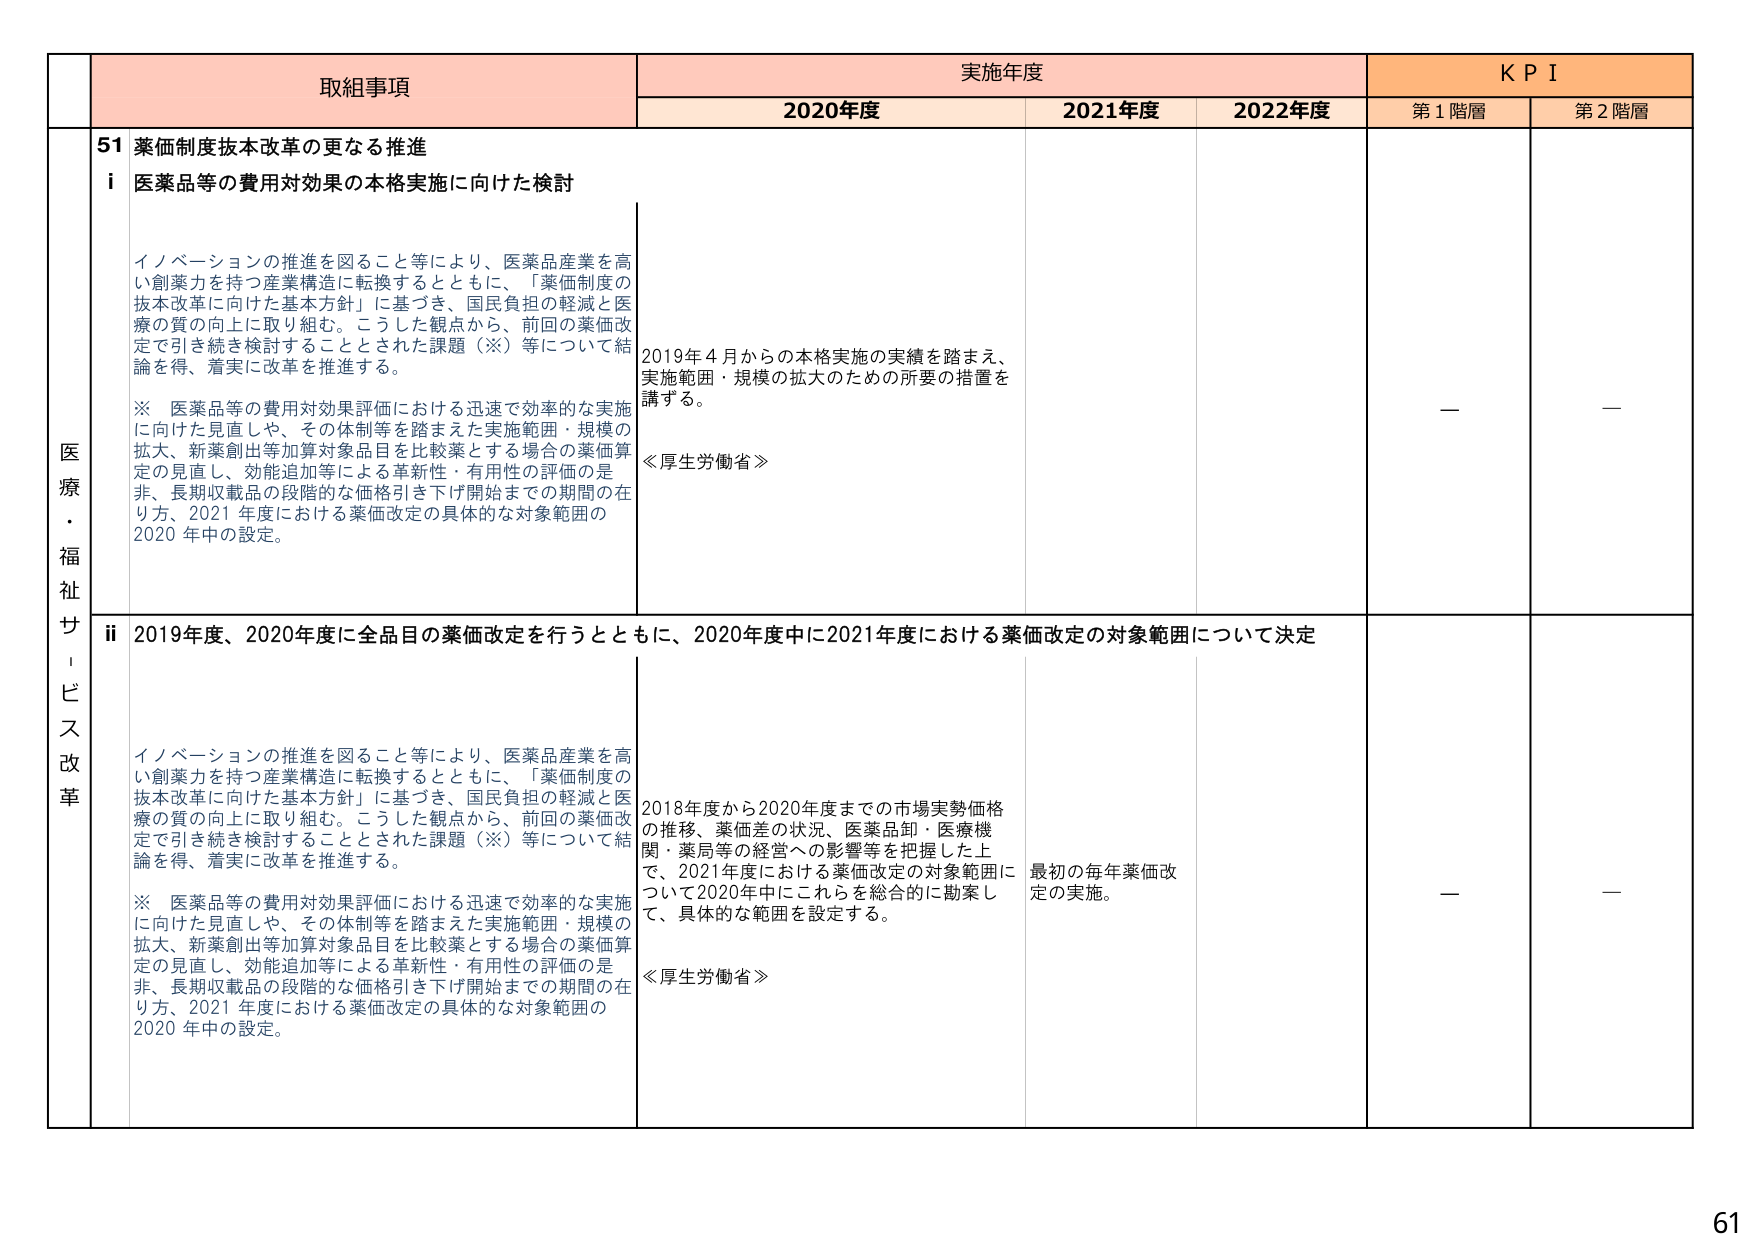
医療・福祉サービス改革

取組事項
51 薬価制度抜本改革の更なる推進
i 医薬品等の費用対効果の本格実施に向けた検討

イノベーションの推進を図ること等により、医薬品産業を高い創薬力を持つ産業構造に転換するとともに、「薬価制度の抜本改革に向けた基本方針」に基づき、国民負担の軽減と医療の質の向上に取り組む。こうした観点から、前回の薬価改定で引き続き検討することとされた課題（※）等について結論を得、着実に改革を推進する。

※ 医薬品等の費用対効果評価における迅速で効率的な実施に向けた見直しや、その体制等を踏まえた実施範囲・規模の拡大、新薬創出等加算対象品目を比較薬とする場合の薬価算定の見直し、効能追加等による革新性・有用性の評価の是非、長期収載品の段階的な価格引き下げ開始までの期間の在り方、2021年度における薬価改定の具体的な対象範囲の2020年中の設定。

ii 2019年度、2020年度に全品目の薬価改定を行うとともに、2020年度中に2021年度における薬価改定の対象範囲について決定

イノベーションの推進を図ること等により、医薬品産業を高い創薬力を持つ産業構造に転換するとともに、「薬価制度の抜本改革に向けた基本方針」に基づき、国民負担の軽減と医療の質の向上に取り組む。こうした観点から、前回の薬価改定で引き続き検討することとされた課題（※）等について結論を得、着実に改革を推進する。

※ 医薬品等の費用対効果評価における迅速で効率的な実施に向けた見直しや、その体制等を踏まえた実施範囲・規模の拡大、新薬創出等加算対象品目を比較薬とする場合の薬価算定の見直し、効能追加等による革新性・有用性の評価の是非、長期収載品の段階的な価格引き下げ開始までの期間の在り方、2021年度における薬価改定の具体的な対象範囲の2020年中の設定。

実施年度
2020年度
2021年度
2022年度

2019年4月からの本格実施の実績を踏まえ、実施範囲・規模の拡大のための所要の措置を講ずる。
《厚生労働省》

2018年度から2020年度までの市場実勢価格の推移、薬価差の状況、医薬品卸・医療機関・薬局等の経営への影響等を把握した上で、2021年度における薬価改定の対象範囲について2020年中にこれらを総合的に勘案して、具体的な範囲を設定する。
《厚生労働省》

最初の毎年薬価改定の実施。

KPI
第1階層
第2階層
—
—
—
—

61